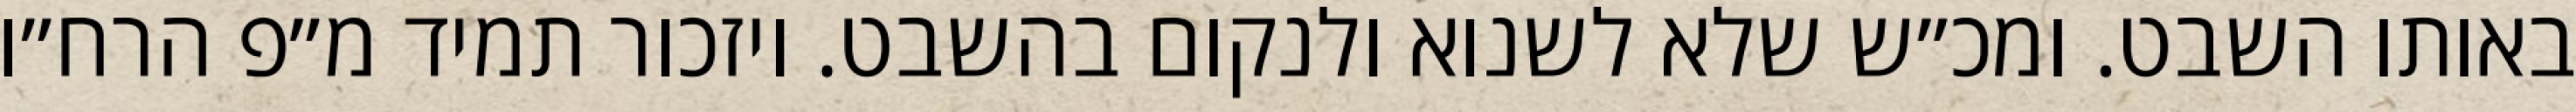
באותו השבט. ומכ״ש שלא לשנוא ולנקום בהשבט. ויזכור תמיד מ״פ הרח״ו